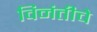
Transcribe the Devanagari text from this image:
विनंतीचे